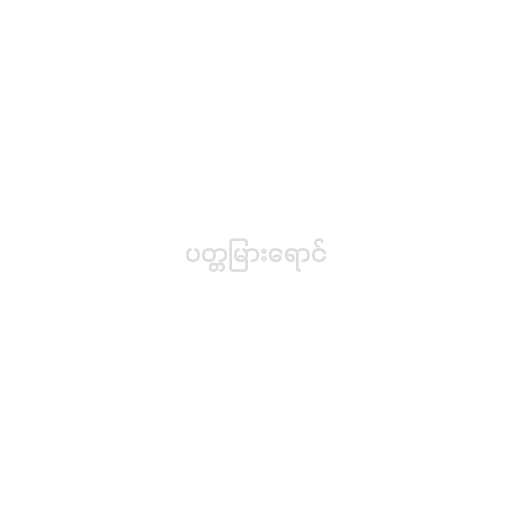
ပတ္တမြားရောင်